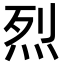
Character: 烈